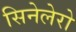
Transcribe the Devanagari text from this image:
सिनेलेरो